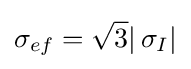
{{\sigma }_{ef}}={\sqrt {3}}|\,{{\sigma }_{I}}|